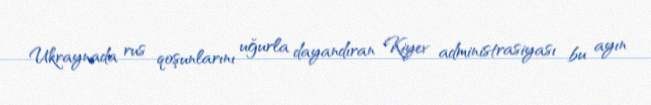
Ukraynada rus qoşunlarını uğurla dayandıran Kiyev administrasiyası bu ayın